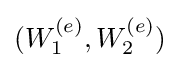
(W_{1}^{(e)},W_{2}^{(e)})